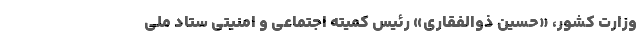
وزارت کشور، «حسین ذوالفقاری» رئیس کمیته اجتماعی و امنیتی ستاد ملی